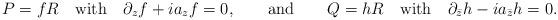
LaTeX: \begin{align*}P=fR \quad {\rm with} \quad \partial_z f +i a_z f=0, \qquad {\rm and} \qquad Q=hR \quad {\rm with} \quad \partial_{\bar z} h -i a_{\bar z} h =0.\end{align*}